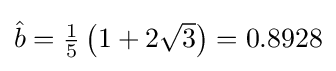
{\textstyle {\hat {b}}={\frac {1}{5}}\left(1+2{\sqrt {3}}\right)=0.8928}